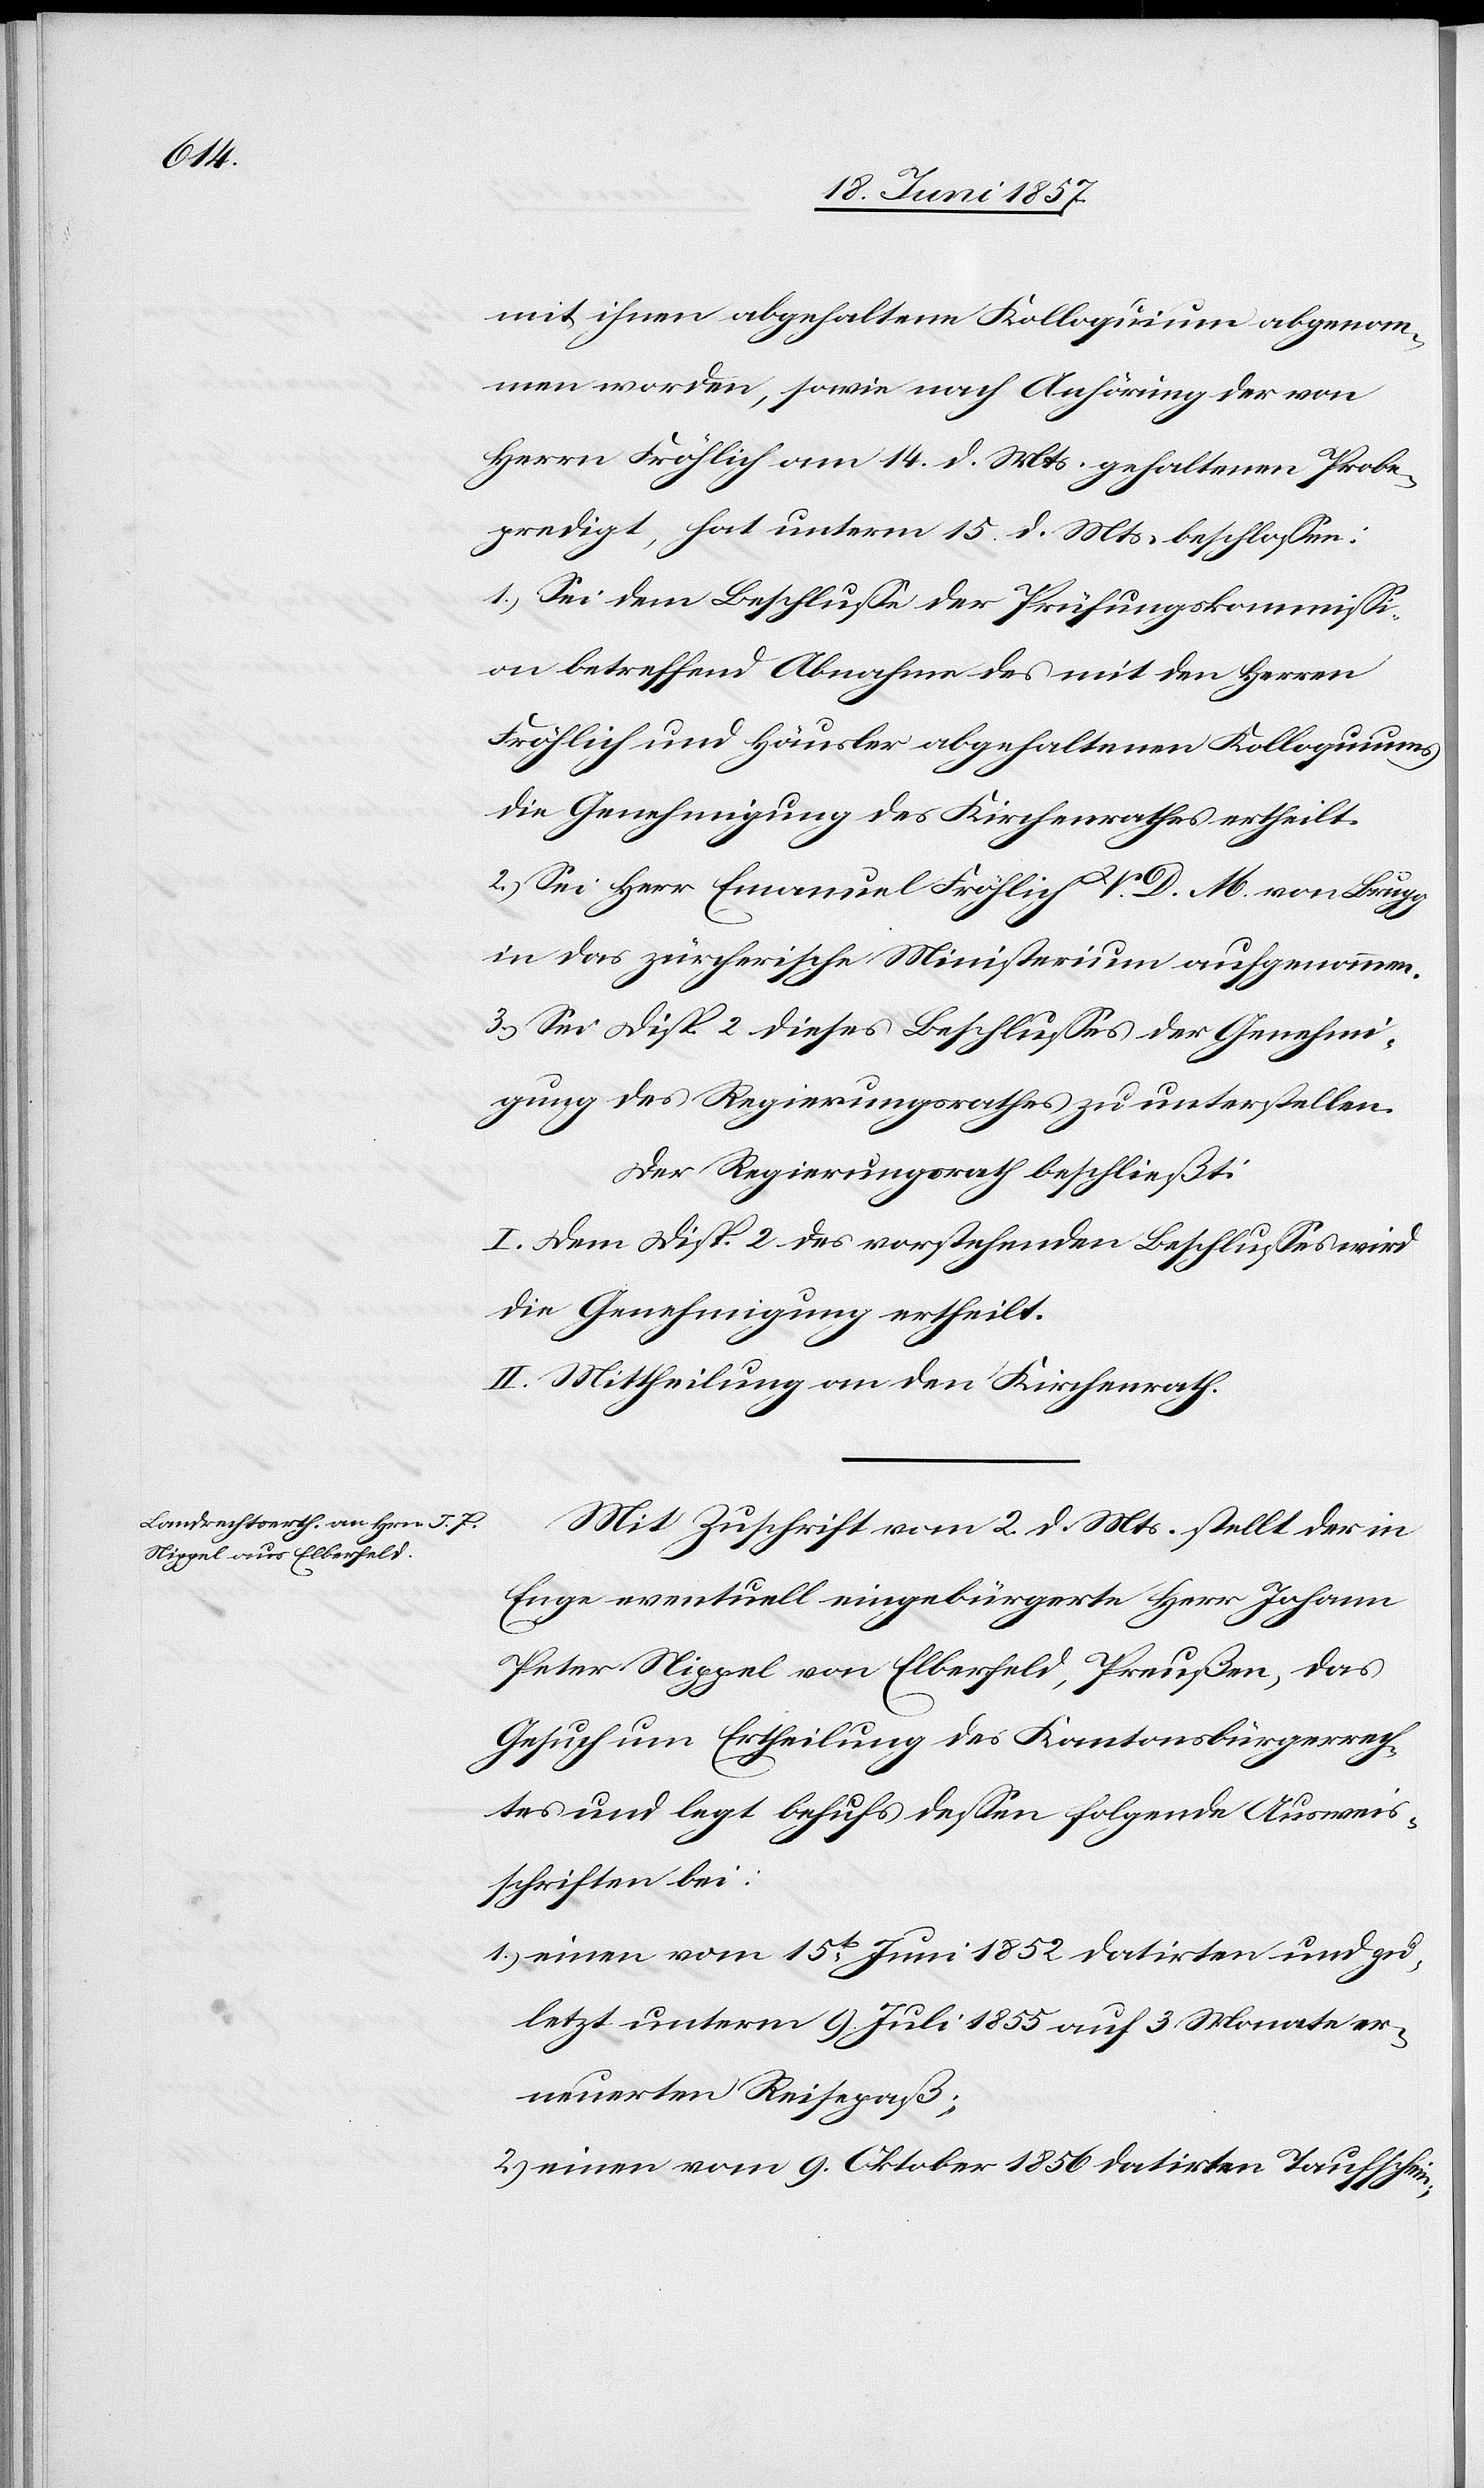
mit ihnen abgehaltene Kolloquium abgenom¬
men worden, sowie nach Anhörung der von
Herrn Fröhlich am 14 d. Mts. gehaltenen Probe¬
predigt, hat unterm 15. d. Mts. beschlossen:
1.) Sei dem Beschlusse der Prüfungskommissi¬
on betreffend Abnahme des mit den Herren
Fröhlich und Häusler abgehaltenen Kolloquiums
die Genehmigung des Kirchenrathes ertheilt.
2.) Sei Herr Emanuel Fröhlich V. D. M. von Brugg
in das zürcherische Ministerium aufgenommen.
3.) Sei Disp. 2 dieses Beschlusses der Genehmi¬
gung des Regierungsrathes zu unterstellen.
Der Regierungsrath beschließt:
I. Dem Disp. 2 des vorstehenden Beschlusses wird
die Genehmigung ertheilt.
II. Mittheilung an den Kirchenrath.
Mit Zuschrift vom 2 d. Mts. stellt der in
Enge eventuell eingebürgerte Herr Johann
Peter Niggel von Elberfeld, Preußen, das
Gesuch um Ertheilung des Kantonsbürgerrech¬
tes und legt behufs dessen folgende Ausweis¬
schriften bei:
1.) einen vom 15ten Juni 1852 datirten und zu¬
letzt unterm 9 Juli 1855 auf 3 Monate er¬
neuerten Reisepaß;
2.) einen vom 9 Oktober 1856 datirten Taufschein;